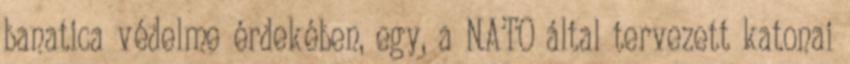
banatica védelme érdekében, egy, a NATO által tervezett katonai